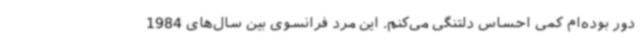
دور بوده‌ام کمی احساس دلتنگی می‌کنم. این مرد فرانسوی بین سال‌های 1984